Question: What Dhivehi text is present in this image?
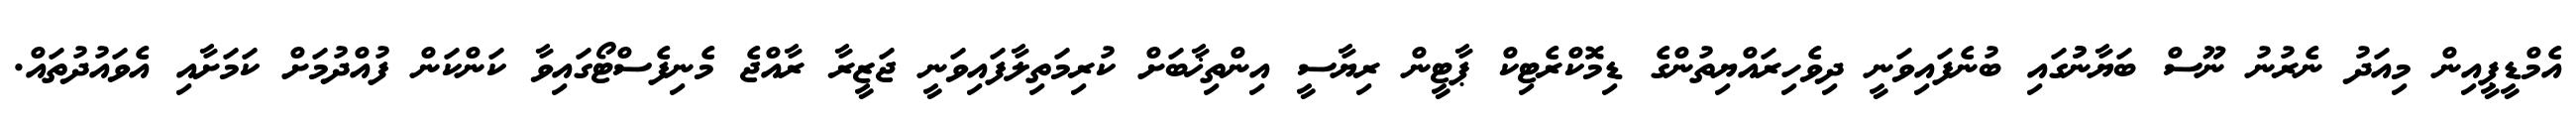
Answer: އެމްޑީޕީއިން މިއަދު ނެރުނު ނޫސް ބަޔާނުުގައި ބުނެފައިވަނީ ދިވެހިރައްޔިތުންގެ ޑިމޮކްރެޓިކް ޕާޓީން ރިޔާސީ އިންތިޚާބަށް ކުރިމަތިލާފައިވަނީ ޖަޒީރާ ރާއްޖެ މެނިފެސްޓޯގައިވާ ކަންކަން ފުއްދުމަށް ކަމަށާއި އެވައުދުތައް.